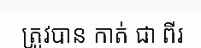
ត្រូវបាន កាត់ ជា ពីរ